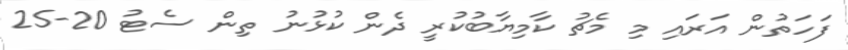
ފަހަތުން އަރައި މި މެޗު ކާމިޔާބުކުރީ ދެން ކުޅުނު ތިން ސެޓު 20-25